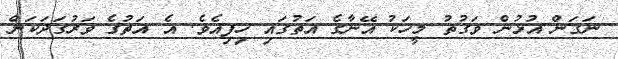
ނަގަން އުޅުން ވަގުތު މީހަކު އޭނާގެ އަތުގައި ހިފިއެވެ. އެ އަތުގެ ވަރުގަދަކަން